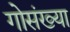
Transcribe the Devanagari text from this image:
गोसंख्या